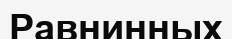
Равнинных